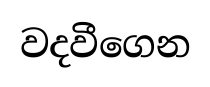
වදවීගෙන